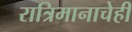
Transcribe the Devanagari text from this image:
रात्रिमानाचेही